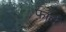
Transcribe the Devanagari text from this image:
फार्द